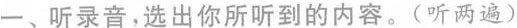
一、听录音,选出你所听到的内容。(听两遍)